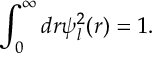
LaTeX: \displaystyle \int _ { 0 } ^ { \infty } d r \psi _ { l } ^ { 2 } ( r ) = 1 .